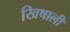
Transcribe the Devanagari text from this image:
खिषाली